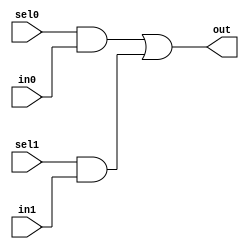
//#############################################################################
//# Function: 2-Input one-hot vectorized mux                                  #
//# Copyright: Lambda Project Authors. All rights Reserved.                   #
//# License:  MIT (see LICENSE file in Lambda repository)                     #
//#############################################################################

module la_vmux2 #(
    parameter N    = 1,         // width of mux
    parameter PROP = "DEFAULT"  // cell property
) (
    input          sel1,
    input          sel0,
    input  [N-1:0] in1,
    input  [N-1:0] in0,
    output [N-1:0] out    //selected data output
);

    assign out[N-1:0] = ({(N) {sel0}} & in0[N-1:0] | {(N) {sel1}} & in1[N-1:0]);

endmodule